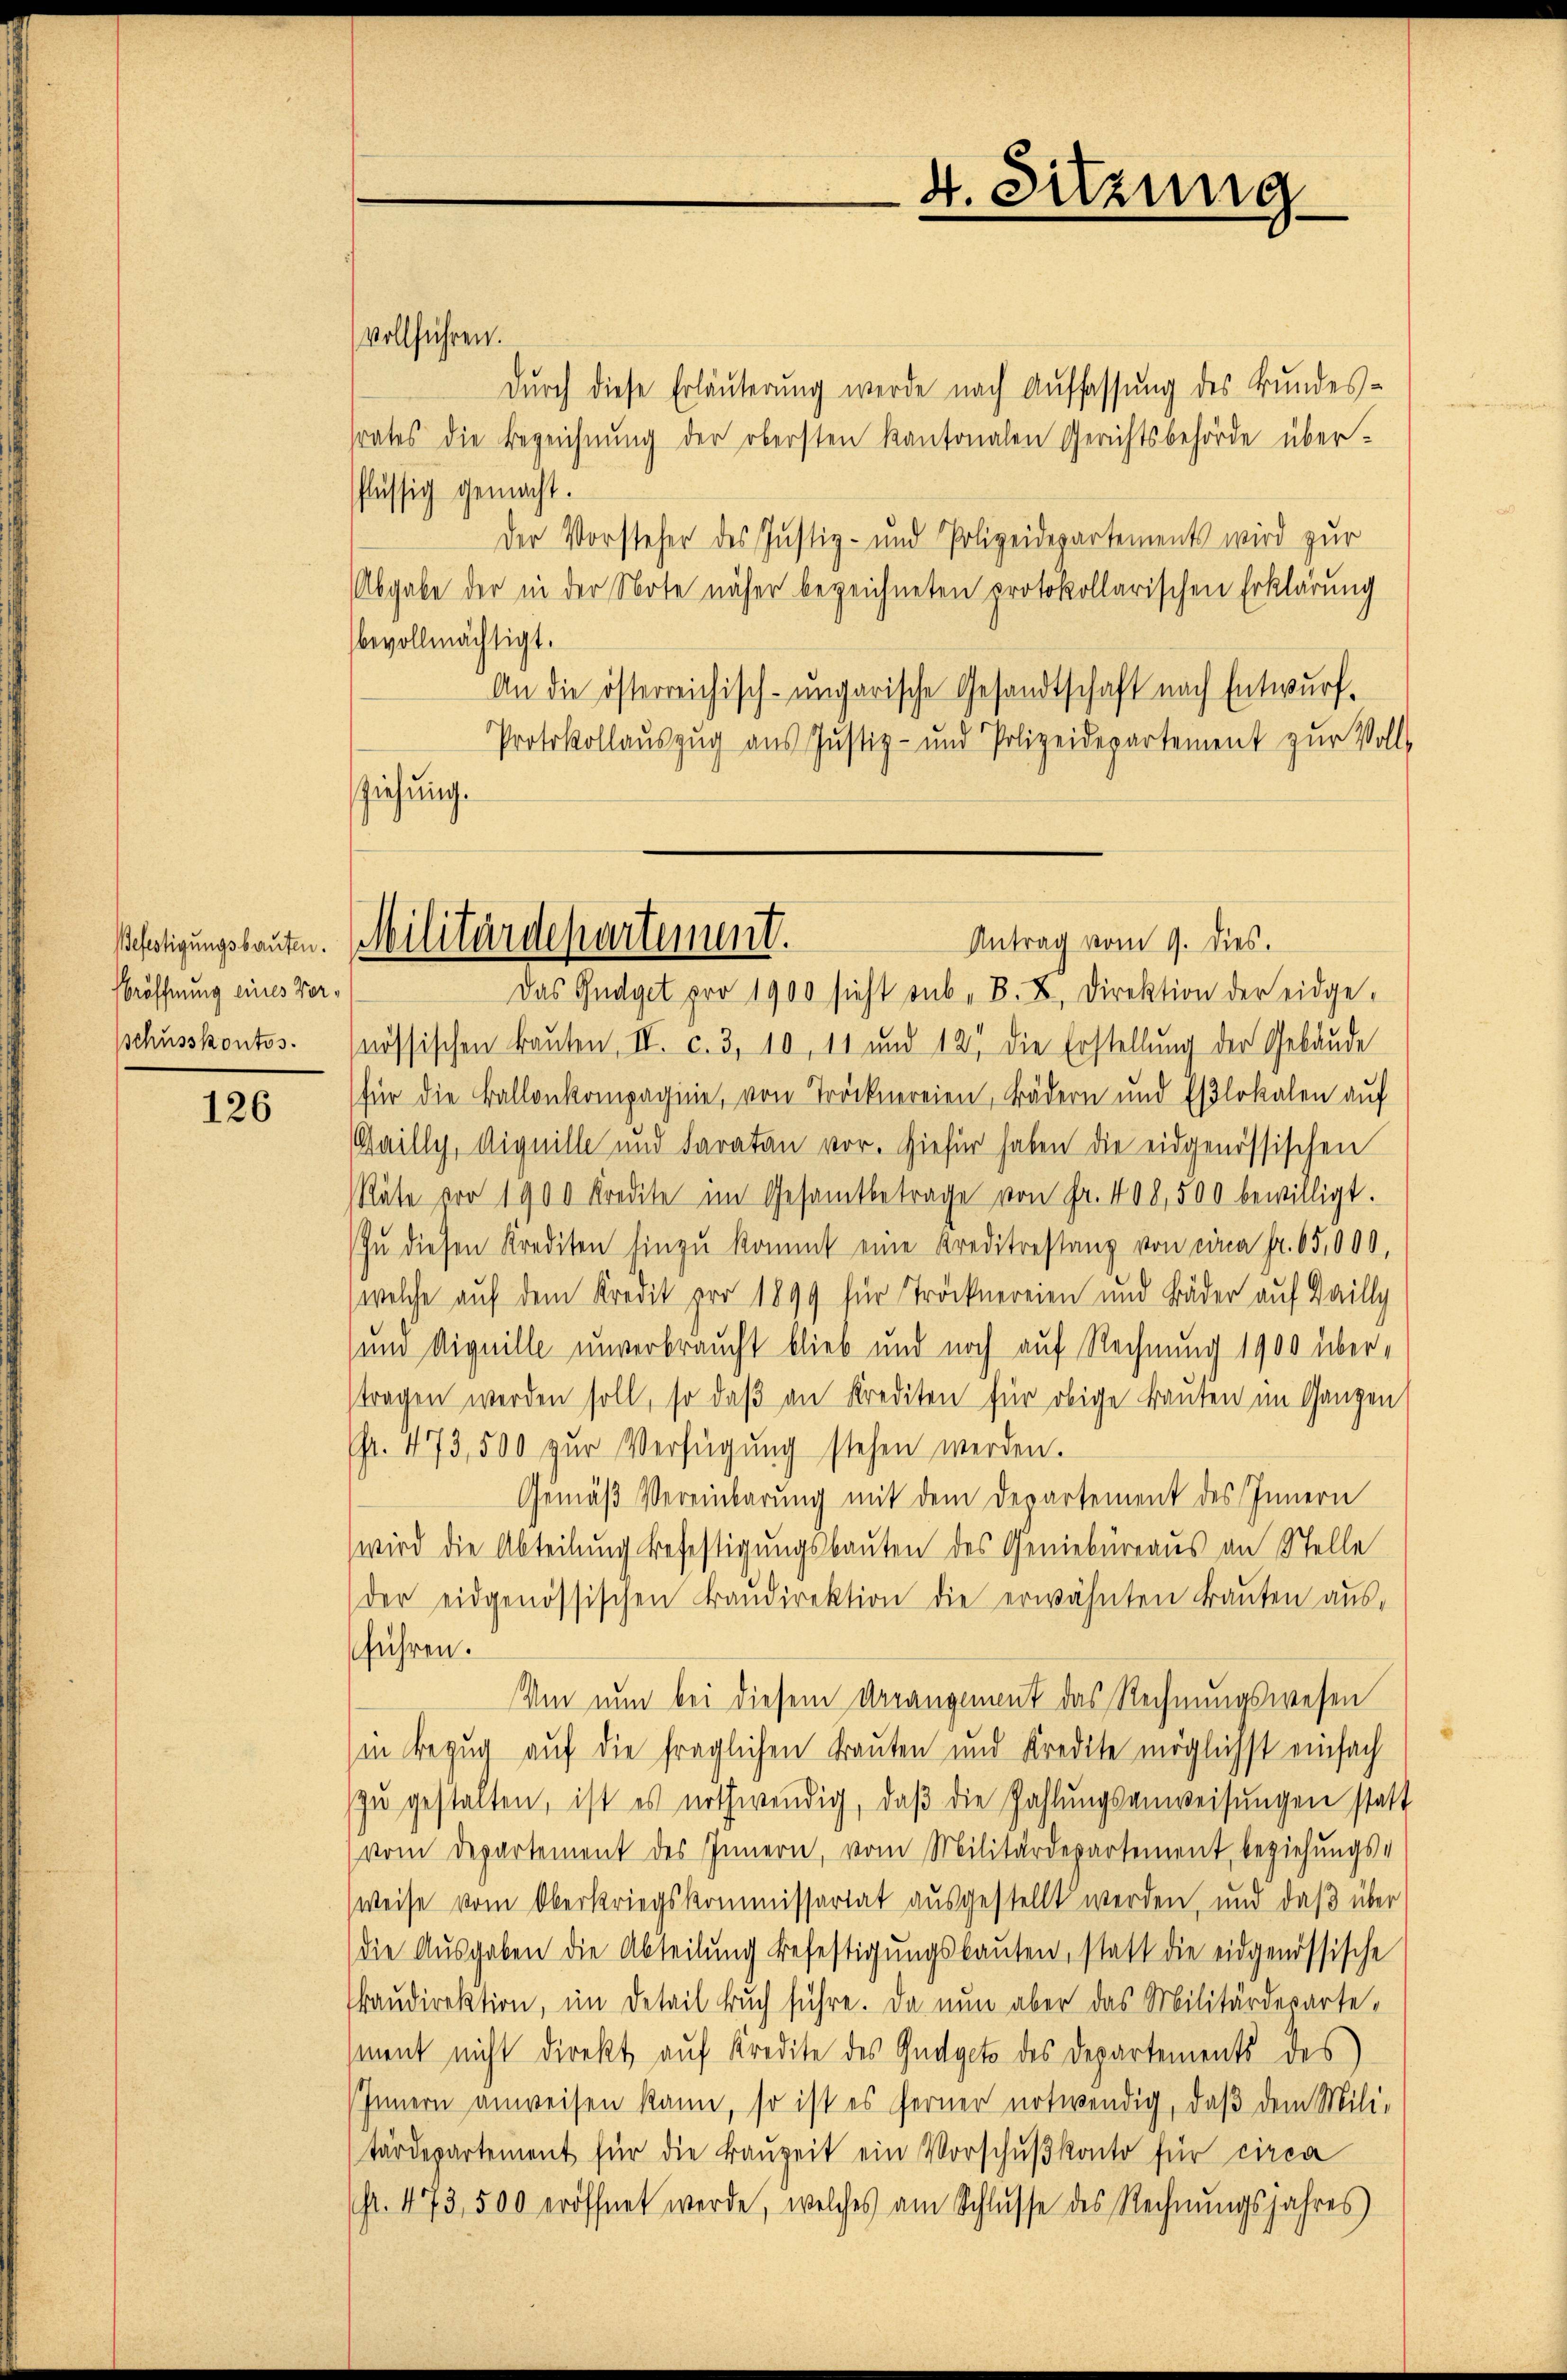
Befestigungsbauten.
Eröffnung eines Verschusskontos.

126

ziehung.

4. Sitzung

Antrag vom 9. dies.
Militärdepartement.

vollführen.
durch diese Erläuterung werde nach Auffassung des Bundessrates die Bezeichnung der obersten kantonalen Gerichtsbehörde überflüssig gemacht.
Der Vorsteher des Justiz- und Polizeidepartements wird zur
Abgabe der in der Note näher bezeichneten protokollarischen Erklärung
bevollmächtigt.
An die österreichisch-ungarische Gesandtschaft nach Entwurf.
Protokollauszug aus Justiz- und Polizeidepartement zŭr Voll-
Das Gudget pro 1900 sieht sub. B. L. Direktion der eidge-
nössischen Bauten, II. c. 3, 10, 11 und 12 die Erstellung der Gebäude
für die Ballonkompagnie, von Tröcknereien, Bädern und Eßlokalen auf
(Gailly, Liquille und Faraten vor. Hiefür haben die eidgenössischen
Räte vor 1900 Kredite im Gesamtbetrage von Fr. 408, 500 bewilligt.
In diesen Krediten hinzu kommt eine Kreditrestanz von eina Fr. 65,000,
welche auf dem Kredit pro 1899 für Tröcknereien und Bäder auf Bailly
um liquille unverbraucht blieb und noch auf Rechnung 1900 übertragen werden soll, so daβ an Krediten für obige Tanten im Ganzen
(fr. 473,500 zur Verfügung stehen werden.
Gemäß Vereinbarung mit dem Departement des Innern
wird die Abteilung befestigungsbauten des Geniebüreaus an Stelle
der eidgenössischen Baŭdirektion die erwähnten Baŭten aŭs-
führen.
Um nun bei diesem Drangement das Rechnungswesen
in Bezug auf die fraglichen Brauten und Kredite möglichst einfach
zŭ gestalten, ist es nothwendig, daβ die Zahlŭngsanweisŭngen statt
vom Departement des Innern, vom Militärdepartement, beziehŭngs-
Weise vom Oberkriegskommissariat ausgestellt werden, und daß über
die Ausgaben die Abteilung befestigungskauten, statt die eidgenössische
kaudirektion, im Detail buch führe. Da nun aber das Militärdepartement nicht direkt auf Kredite des Gudgets des Departements des
Innern anweisen kann, so ist es ferner notwendig, daβ dem Mili-
tärdepartement für die Baŭzeit ein Vorschŭβkonto für circa
(fl. 473,500 eröffnet werde, welches am Schlusse des Rechnungsjahres